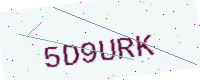
Text: 5D9URK